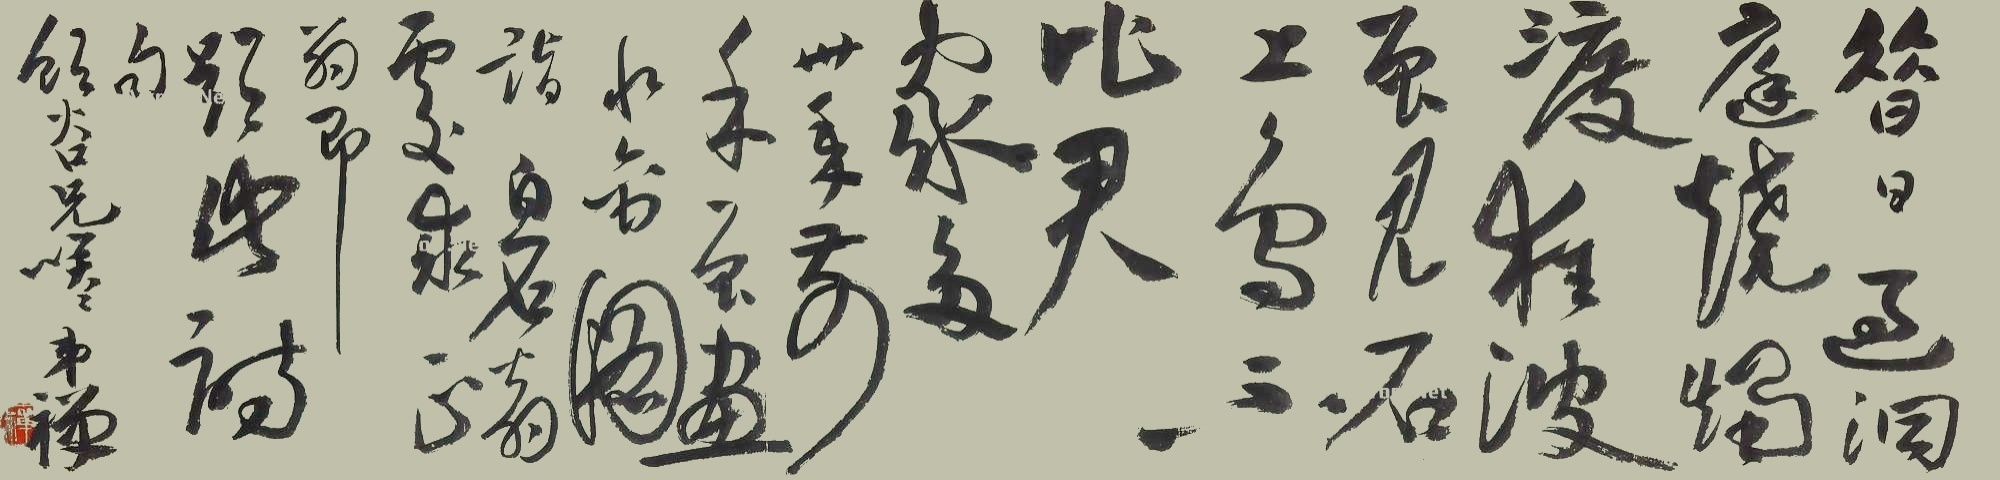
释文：昔日过洞庭，烧烛渡狂波。曾见石上鸟，却比君家多。卅年前，余曾画水禽图，诣白石翁处求正，翁即题此诗句。饭谷先生嘱，弟禅。